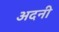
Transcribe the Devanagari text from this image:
अदनी